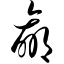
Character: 赢